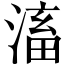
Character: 滀